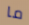
ما